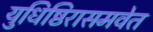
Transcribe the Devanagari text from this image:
युधिष्ठिरासमवेत